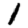
Digit: 1